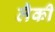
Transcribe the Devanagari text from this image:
लैकी